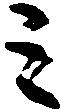
ミ